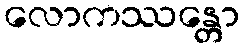
လောကဿန္တော